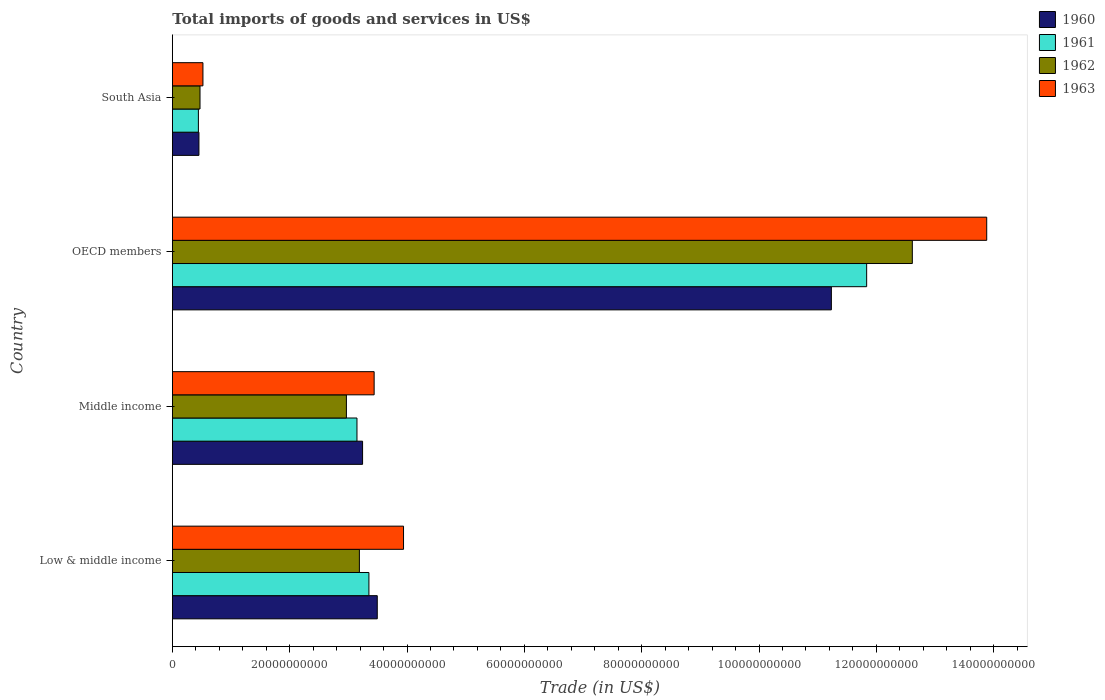
| Country | 1960 | 1961 | 1962 | 1963 |
 | --- | --- | --- | --- | --- |
 | Low & middle income | 3.49e+10 | 3.35e+10 | 3.19e+10 | 3.94e+10 |
 | Middle income | 3.24e+10 | 3.15e+10 | 2.97e+10 | 3.44e+10 |
 | OECD members | 1.12e+11 | 1.18e+11 | 1.26e+11 | 1.39e+11 |
 | South Asia | 4.53e+09 | 4.43e+09 | 4.71e+09 | 5.21e+09 |